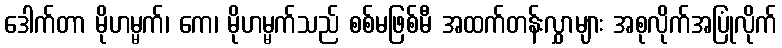
ဒေါက်တာ မိုဟမ္မက်၊ ကေ၊ မိုဟမ္မက်သည် စစ်မဖြစ်မီ အထက်တန်းလွှာများ အစုလိုက်အပြုံလိုက်